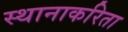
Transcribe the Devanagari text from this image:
स्थानाकरिता